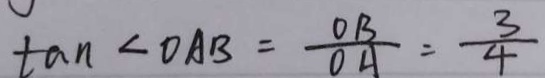
\tan \angle O A B = \frac { O B } { O A } = \frac { 3 } { 4 }